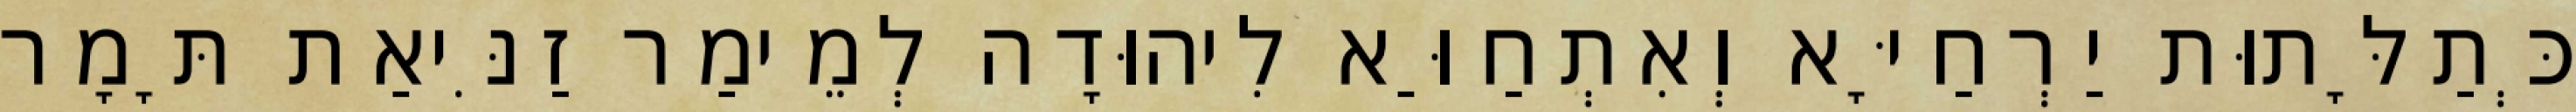
כְּתַלָּתוּת יַרְחַיָּא וְאִתְחַוַּא לִיהוּדָה לְמֵימַר זַנִּיאַת תָּמָר